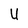
Character: U